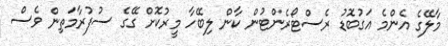
މާލޭގެ އެންމެ އަގުބޮޑު ރެސްޓޯރެންޓުން ކާން ލިބޭހާ މީރުކޮށް ގޭގެ ސުފުރާމަތިން ވެސް